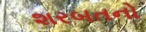
શરબતનો